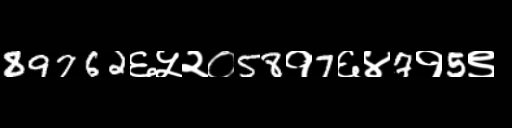
Text: 89762६५२०58१7६४7१5९